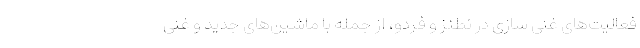
فعالیت‌های غنی سازی در نطنز و فردو، از جمله با ماشین‌های جدید و غنی